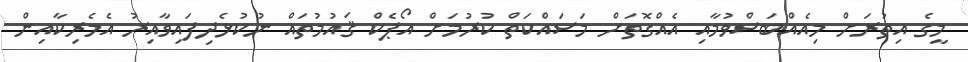
މީގެ އިތުރަށް މިއެއްބަސްވުމާއި އެއްގޮތަށް މަސައްކަތް ކުރުމަށް އޯޕެކް ޤައުމުތައް ނުކުޅެދިފައިވާއިރު އެމެރިކާއިން